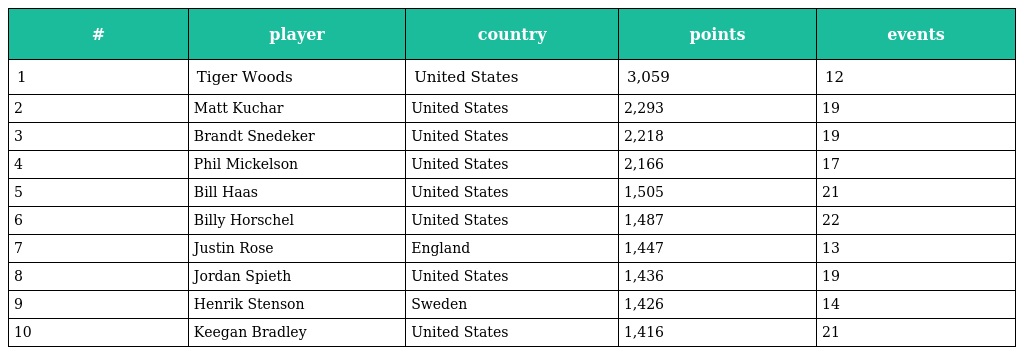
| # | player | country | points | events |
 | --- | --- | --- | --- | --- |
 | 1 | Tiger Woods | United States | 3,059 | 12 |
 | 2 | Matt Kuchar | United States | 2,293 | 19 |
 | 3 | Brandt Snedeker | United States | 2,218 | 19 |
 | 4 | Phil Mickelson | United States | 2,166 | 17 |
 | 5 | Bill Haas | United States | 1,505 | 21 |
 | 6 | Billy Horschel | United States | 1,487 | 22 |
 | 7 | Justin Rose | England | 1,447 | 13 |
 | 8 | Jordan Spieth | United States | 1,436 | 19 |
 | 9 | Henrik Stenson | Sweden | 1,426 | 14 |
 | 10 | Keegan Bradley | United States | 1,416 | 21 |